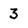
Character: 3